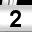
Digit: 2